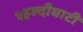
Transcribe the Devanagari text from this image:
५हल्दीघाटी